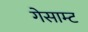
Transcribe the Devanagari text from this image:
गेसाम्ट